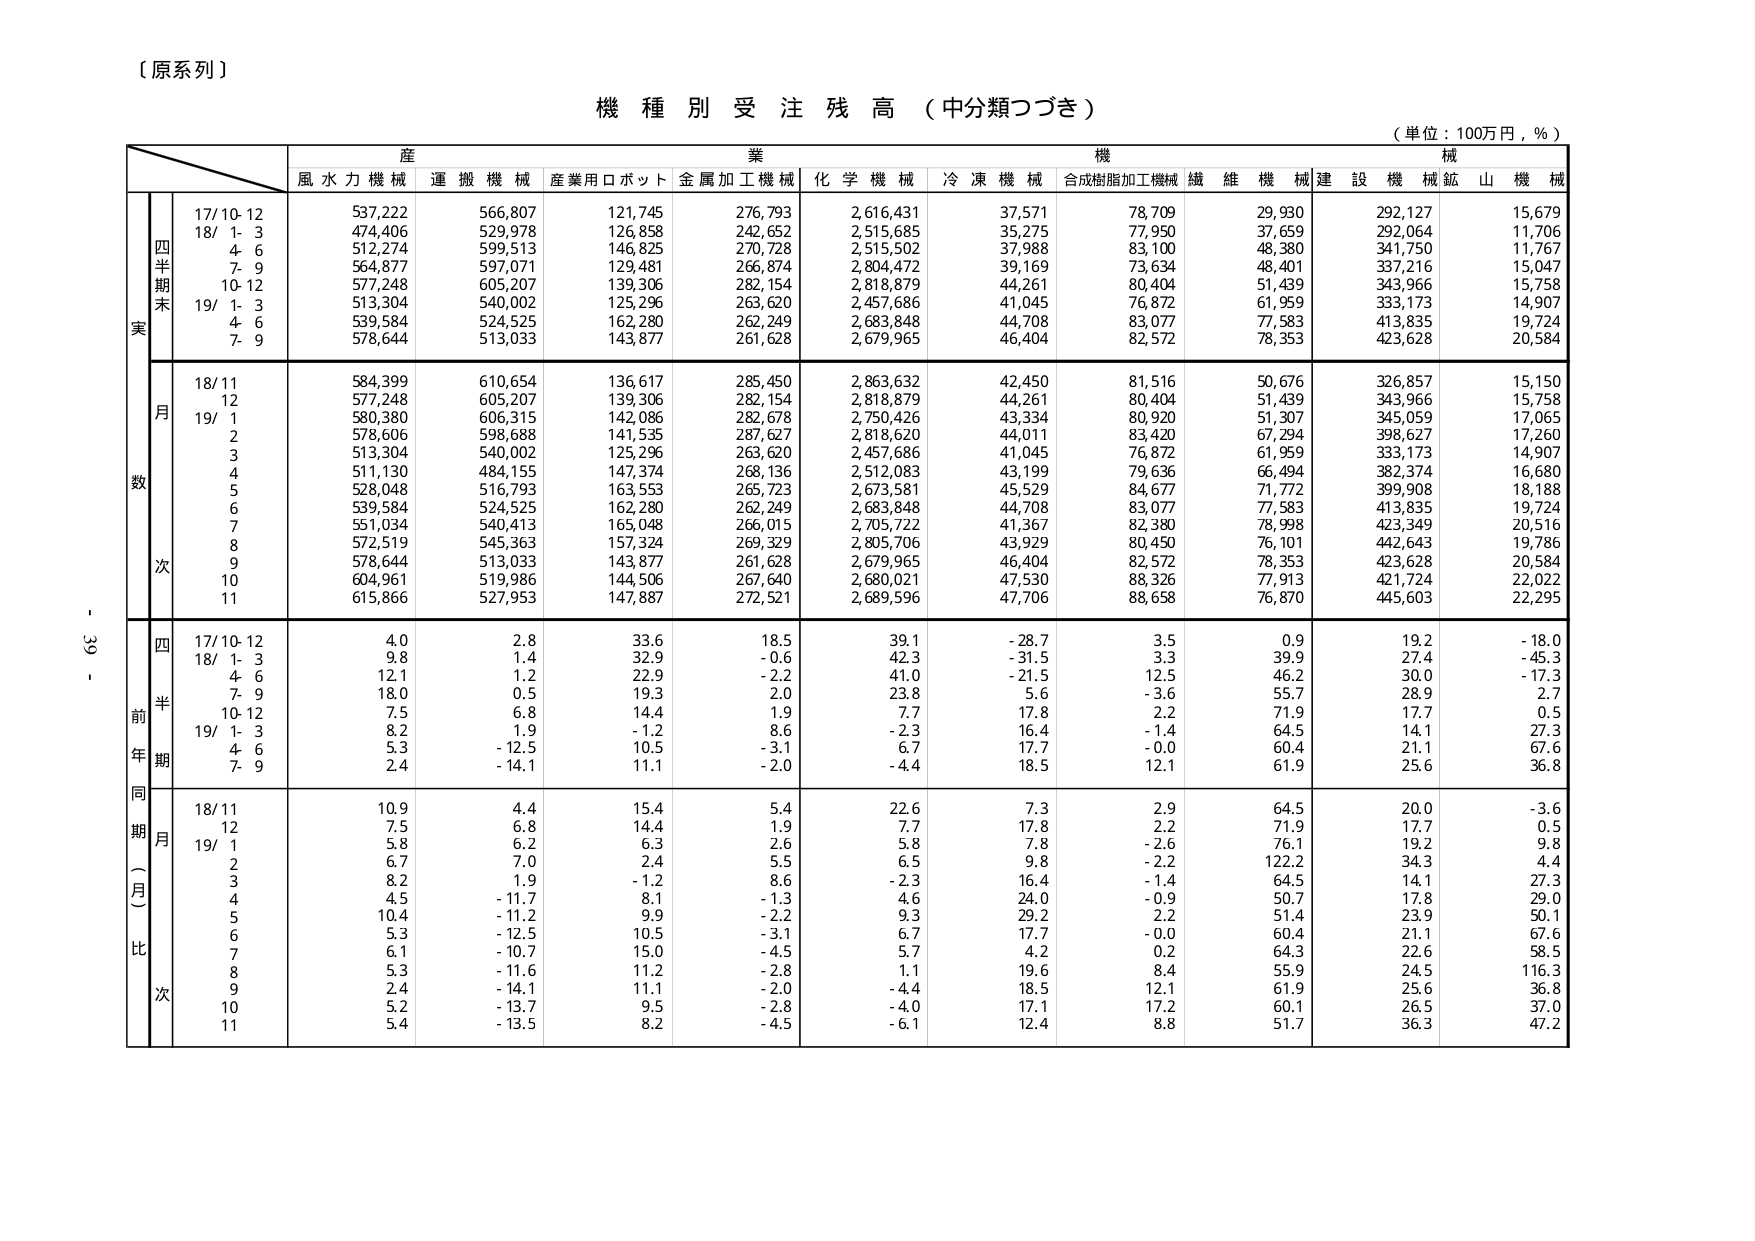
【原系列】

機種別受注残高（中分類つづき）

（単位：100万円，％）